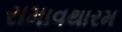
રામાવથારમ